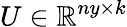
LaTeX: U\in\mathbb{R}^{ny\times k}